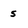
Character: 5